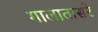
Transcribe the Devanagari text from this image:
गालातासरे